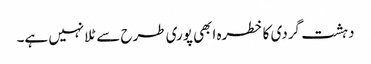
دہشت گردی کا خطرہ ابھی پوری طرح سے ٹلا نہیں ہے۔